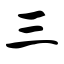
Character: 三